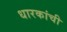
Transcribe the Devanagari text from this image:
धारकांची